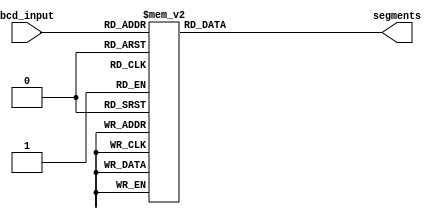
module bcd_decoder(
    input [3:0] bcd_input,
    output reg [6:0] segments
);

always @(*)
begin
    case(bcd_input)
        4'b0000: segments = 7'b1000000; // Output 0
        4'b0001: segments = 7'b1111001; // Output 1
        4'b0010: segments = 7'b0100100; // Output 2
        4'b0011: segments = 7'b0110000; // Output 3
        4'b0100: segments = 7'b0011001; // Output 4
        4'b0101: segments = 7'b0010010; // Output 5
        4'b0110: segments = 7'b0000010; // Output 6
        4'b0111: segments = 7'b1111000; // Output 7
        4'b1000: segments = 7'b0000000; // Output 8
        4'b1001: segments = 7'b0010000; // Output 9
        default: segments = 7'b1111111; // Blank display
    endcase
end

endmodule